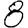
Digit: 8